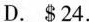
D.$24.